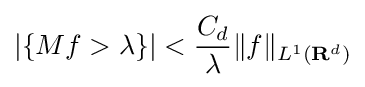
\left|\{Mf>\lambda \}\right|<{\frac {C_{d}}{\lambda }}\Vert f\Vert _{L^{1}(\mathbf {R} ^{d})}